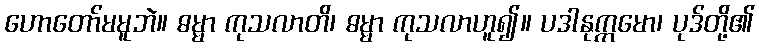
ဟောတော်မမူဘဲ။ ဓမ္မာ ကုသလာတိ၊ ဓမ္မာ ကုသလာဟူ၍။ ပဒါနုက္ကမော၊ ပုဒ်တို့၏